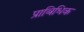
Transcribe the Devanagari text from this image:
प्राबिधिक